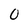
Character: 0